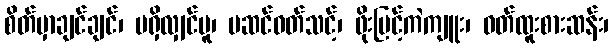
စိတ်မှာချင်ချင်၊ မရှိလျှင်မူ၊ မဆင်ဝတ်သင့်၊ ဖိုးမြင့်ကဲကျူး၊ ဝတ်ထူးစားဆန်း၊